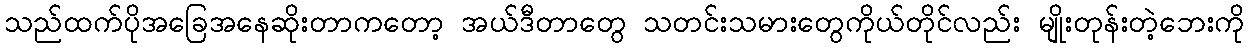
သည်ထက်ပိုအခြေအနေဆိုးတာကတော့ အယ်ဒီတာတွေ သတင်းသမားတွေကိုယ်တိုင်လည်း မျိုးတုန်းတဲ့ဘေးကို